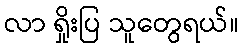
လာ ရှိုးပြ သူတွေရယ်။